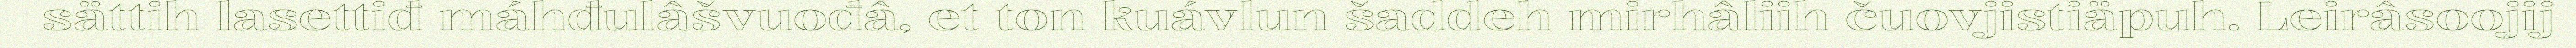
sättih lasettiđ máhđulâšvuođâ, et ton kuávlun šaddeh mirhâliih čuovjistiäpuh. Leirâsoojij